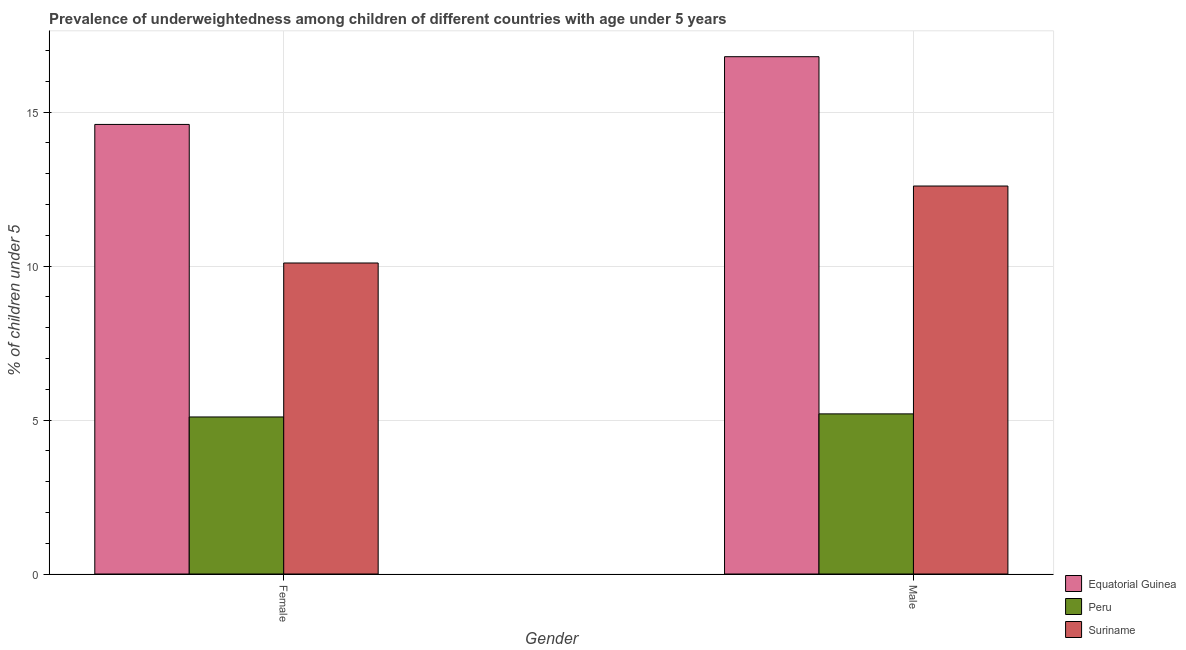
| Gender | Equatorial Guinea | Peru | Suriname |
 | --- | --- | --- | --- |
 | Female | 14.6 | 5.1 | 10.1 |
 | Male | 16.8 | 5.2 | 12.6 |